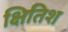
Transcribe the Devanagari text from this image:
क्षितिश